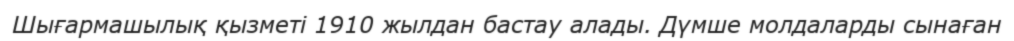
Шығармашылық қызметі 1910 жылдан бастау алады. Дүмше молдаларды сынаған